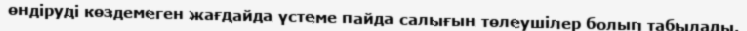
өндіруді көздемеген жағдайда үстеме пайда салығын төлеушілер болып табылады.